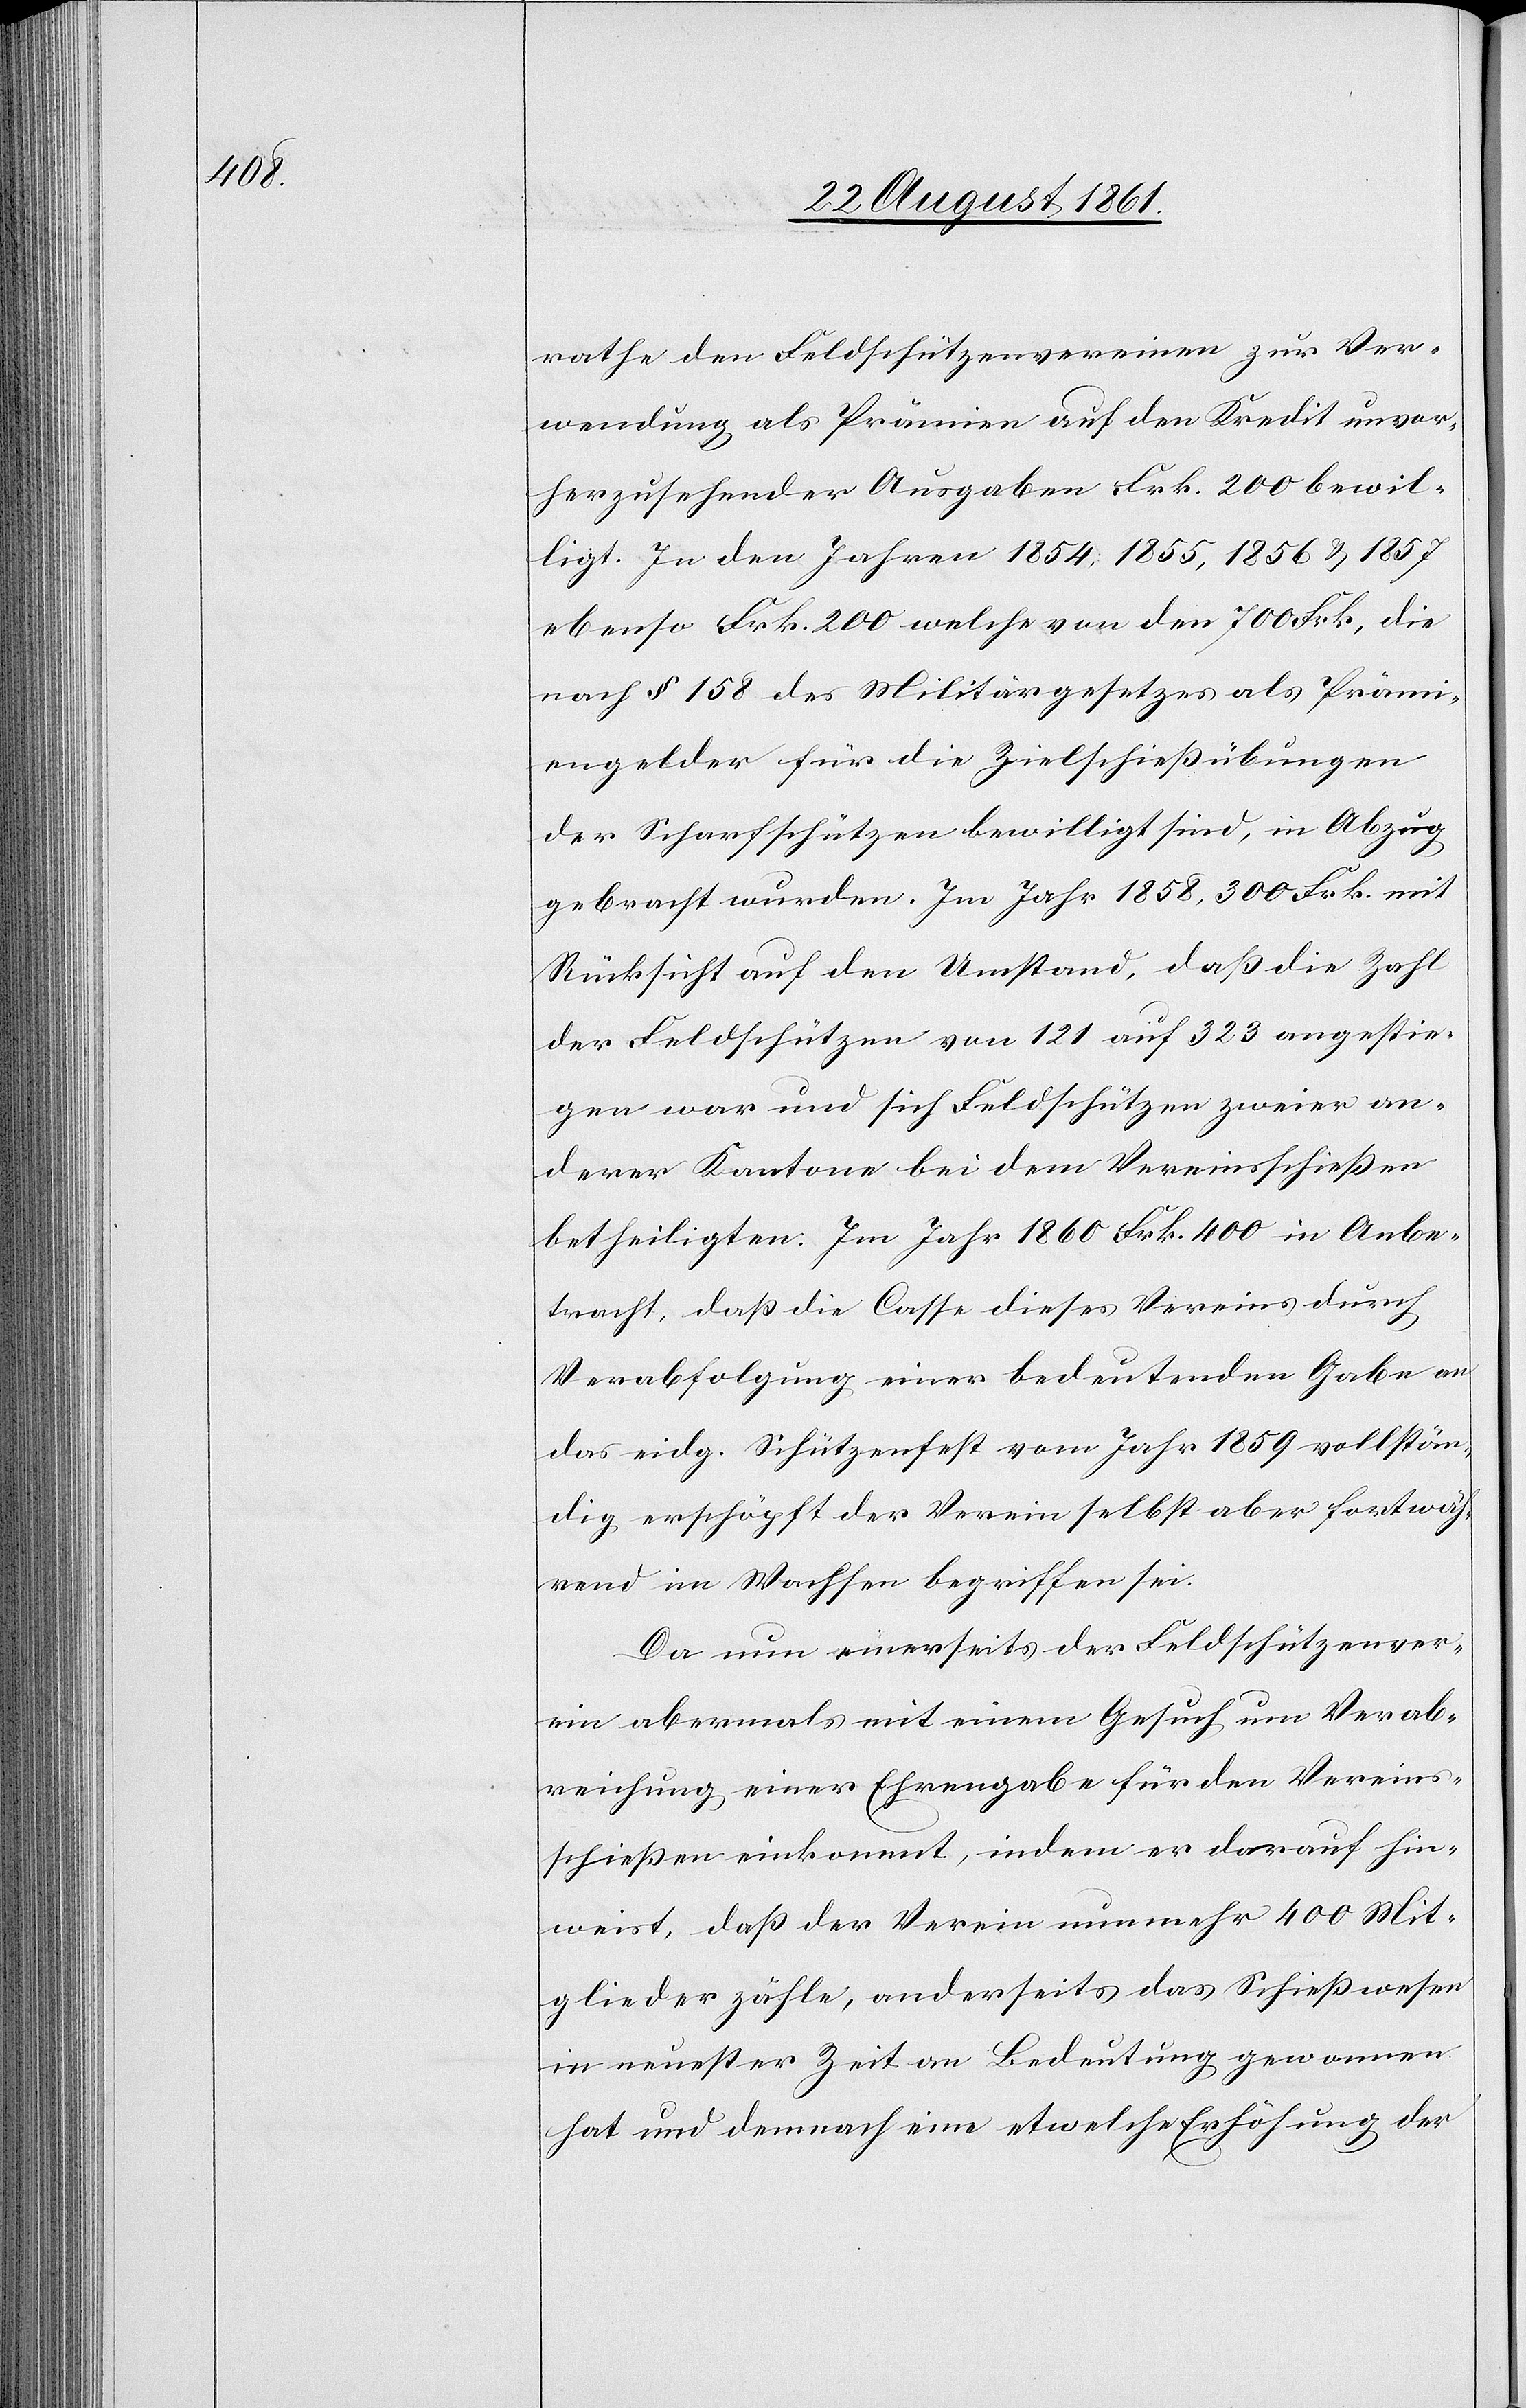
rathe den Feldschützenvereinen zur Ver¬
wendung als Prämien auf den Kredit unvor¬
herzusehender Ausgaben Frk. 200 bewil¬
ligt. In den Jahren 1854,1855, 1856 u. 1857
ebenso Frk. 200 welche von den 700 Frk., die
nach § 158 des Militärgesetzes als Prämi¬
engelder für die Zielschießübungen
der Scharfschützen bewilligt sind, in Abzug
gebracht wurden. Im Jahr 1858, 300 Frk. mit
Rücksicht auf den Umstand, daß die Zahl
der Feldschützen von 121 auf 323 angestie¬
gen war und sich Feldschützen zweier an¬
derer Kantone bei dem Vereinsschießer
betheiligten. Im Jahr 1860 Frk. 400 in Anbe¬
tracht, daß die Casse dieses Vereins durch
Verabfolgung einer bedeutenden Gabe an
das eidg. Schützenfest vom Jahr 1859 vollstän¬
dig erschöpft der Verein selbst aber fortwäh¬
rend im Wachsen begriffen sei.
Da nun einerseits der Feldschützenver¬
ein abermals mit einem Gesuch um Verab¬
reichung einer Ehrengabe für den Vereins¬
schießen einkommt, indem er darauf hin¬
weist, daß der Verein nunmehr 400 Mit¬
glieder zähle, anderseits das Schießwesen
in neuester Zeit an Bedeutung gewonnen
hat und demnach ein etwelche Erhöhung der